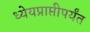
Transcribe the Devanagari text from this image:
ध्येयप्राप्तीपर्यंत